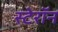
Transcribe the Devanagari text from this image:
स्टेरॉन